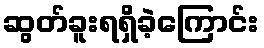
ဆွတ်ခူးရရှိခဲ့ကြောင်း